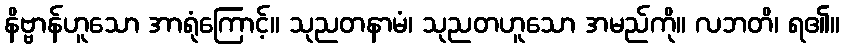
နိဗ္ဗာန်ဟူသော အာရုံကြောင့်။ သုညတနာမံ၊ သုညတဟူသော အမည်ကို။ လဘတိ၊ ရ၏။